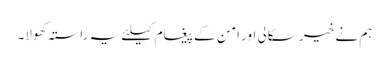
ہم نے خیر سگالی اور امن کے پیغام کیلئے یہ راستہ کھولا۔